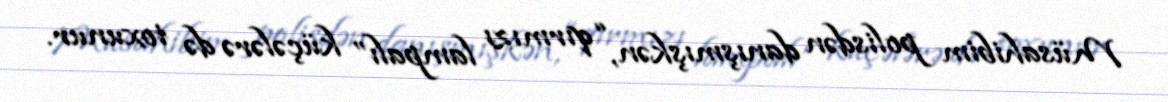
Müsahibim polisdən danışmışkən, “qırmızı lampalı” küçələrə də toxunur.